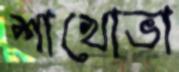
শাখোভা